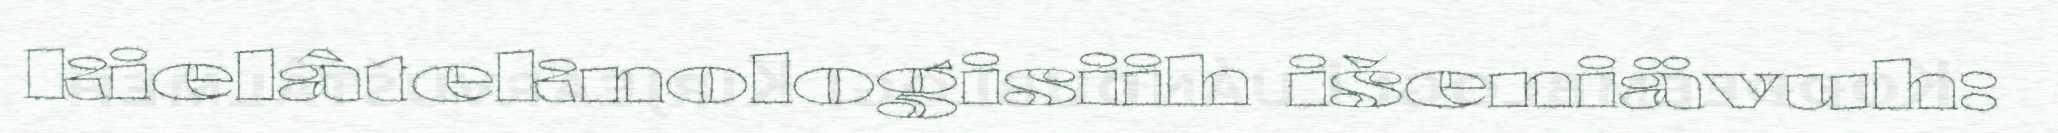
kielâteknologisiih išeniävuh: